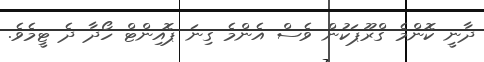
ދާނީ ކޮންމެ ގްރޫޕަކުން ވެސް އެންމެ ގިނަ ޕޮއިންޓް ހޯދާ ދެ ޓީމެވެ.